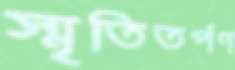
স্মৃতিতর্পণ